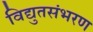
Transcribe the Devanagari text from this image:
विद्युतसंभरण